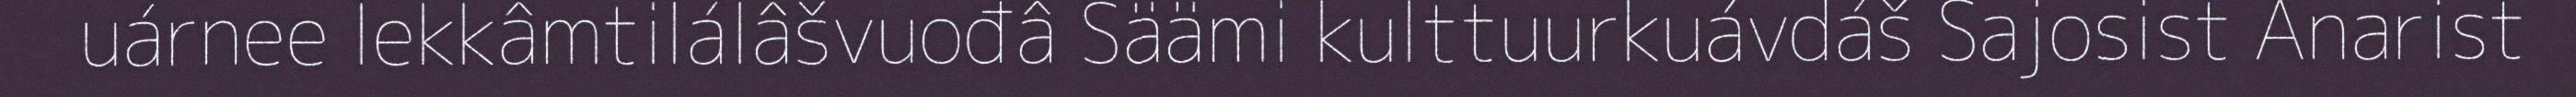
uárnee lekkâmtilálâšvuođâ Säämi kulttuurkuávdáš Sajosist Anarist